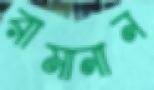
রামানান